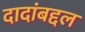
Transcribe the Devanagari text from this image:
दादांबद्दल